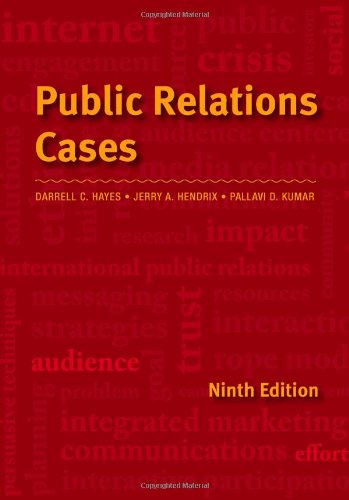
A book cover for Public Relations Cases; Jerry A. Hendrix; Business & Money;